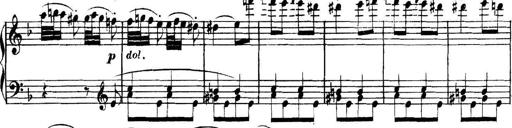
Title: Collected Piano Sonatas
Composer: Muzio Clementi